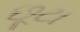
છૂટા